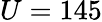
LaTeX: U=145